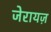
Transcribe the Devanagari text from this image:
जेरायज़